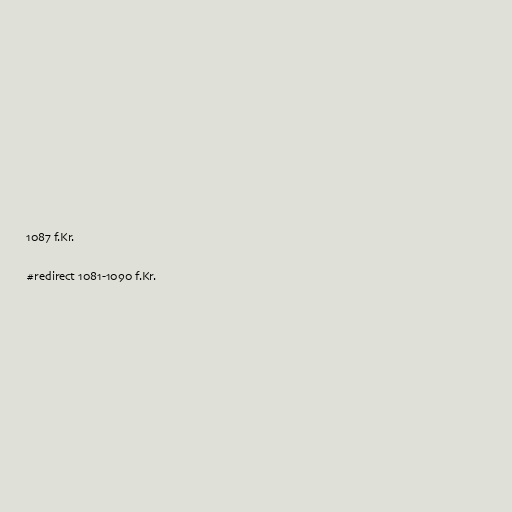
1087 f.Kr.

#redirect 1081-1090 f.Kr.